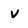
Character: v